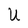
Character: U